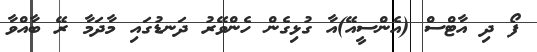
ފޯ ދި އާޓްސް (އެންސީއޭ)އާ ގުޅިގެން ހެންވޭރު ދަނޑުގައި މާދަމާ ރޭ ބާއްވާ